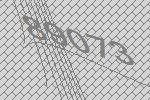
89073